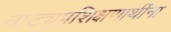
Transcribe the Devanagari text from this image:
नाट्यप्रशिक्षणार्थींना